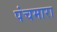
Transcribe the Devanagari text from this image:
पंचमारा